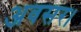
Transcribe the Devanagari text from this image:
अवसर।